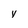
Character: y